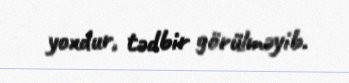
yoxdur, tədbir görülməyib.